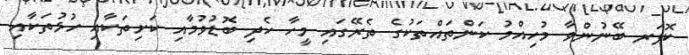
ކޮޕަރ ބޭނުންވާ މުހިއްމު ކަންތައްތަކުގެ ތެރޭގައި މީހާ ހެދި ބޮޑުވުމާއި ކަށިތަކާއި ހުޅުތަކާއި